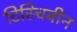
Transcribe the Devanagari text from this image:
टिस्चिबीन